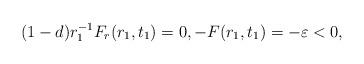
LaTeX: \begin{align*}(1-d)r_{1}^{-1} F_{r}(r_{1},t_{1})=0,- F(r_{1},t_{1})=- \varepsilon<0,\end{align*}